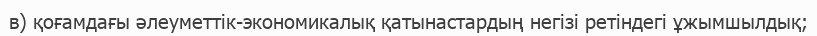
в) қоғамдағы әлеуметтік-экономикалық қатынастардың негізі ретіндегі ұжымшылдық;